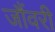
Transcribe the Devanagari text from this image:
जौंवरी